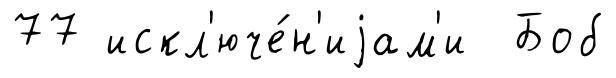
77 искл'юче́н'иjам'и Боб